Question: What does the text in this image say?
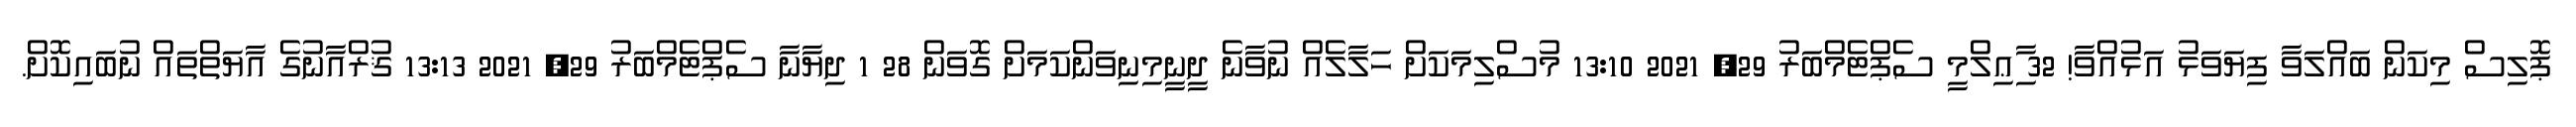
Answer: ޕޮލިސް މިކަން ބައްލަވާ ފިޔަވަޅު އަޅުއްވާ! 32 ިާޢިލްމީ ސެޕްޓެމްބަރު 29, 2021 13:10 މުސްލިމަކަށް ހަލާލެއް ނުވާނެ ދީނީމިނިވަންކަމަށް ގޮވަން 28 1 ދިޔާނާ ސެޕްޓެމްބަރު 29, 2021 13:13 ޤުރްއާނުގެ އާޔަތްތައް ނުބައިކޮށް.